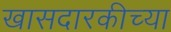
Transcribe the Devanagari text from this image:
खासदारकीच्या